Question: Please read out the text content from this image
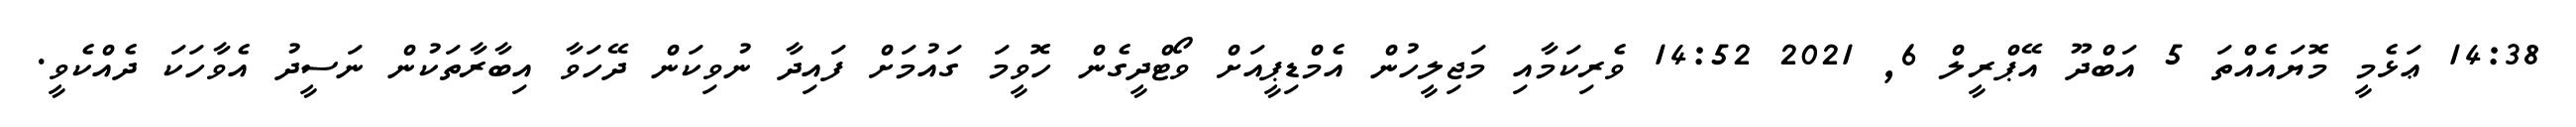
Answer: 14:38 ޢަޅެމީ މޮޔައެއްތަ 5 އަބްދޫ އޭޕްރީލް 6, 2021 14:52 ވެރިކަމާއި މަޖިލީހުން އެމްޑިޕީއަށް ވޯޓްދީގެން ހޮވީމަ ގައުމަށް ފައިދާ ނުވިކަން ދޭހަވާ އިބާރާތަކުން ނަސީދު އެވާހަކަ ދެއްކެވީ.